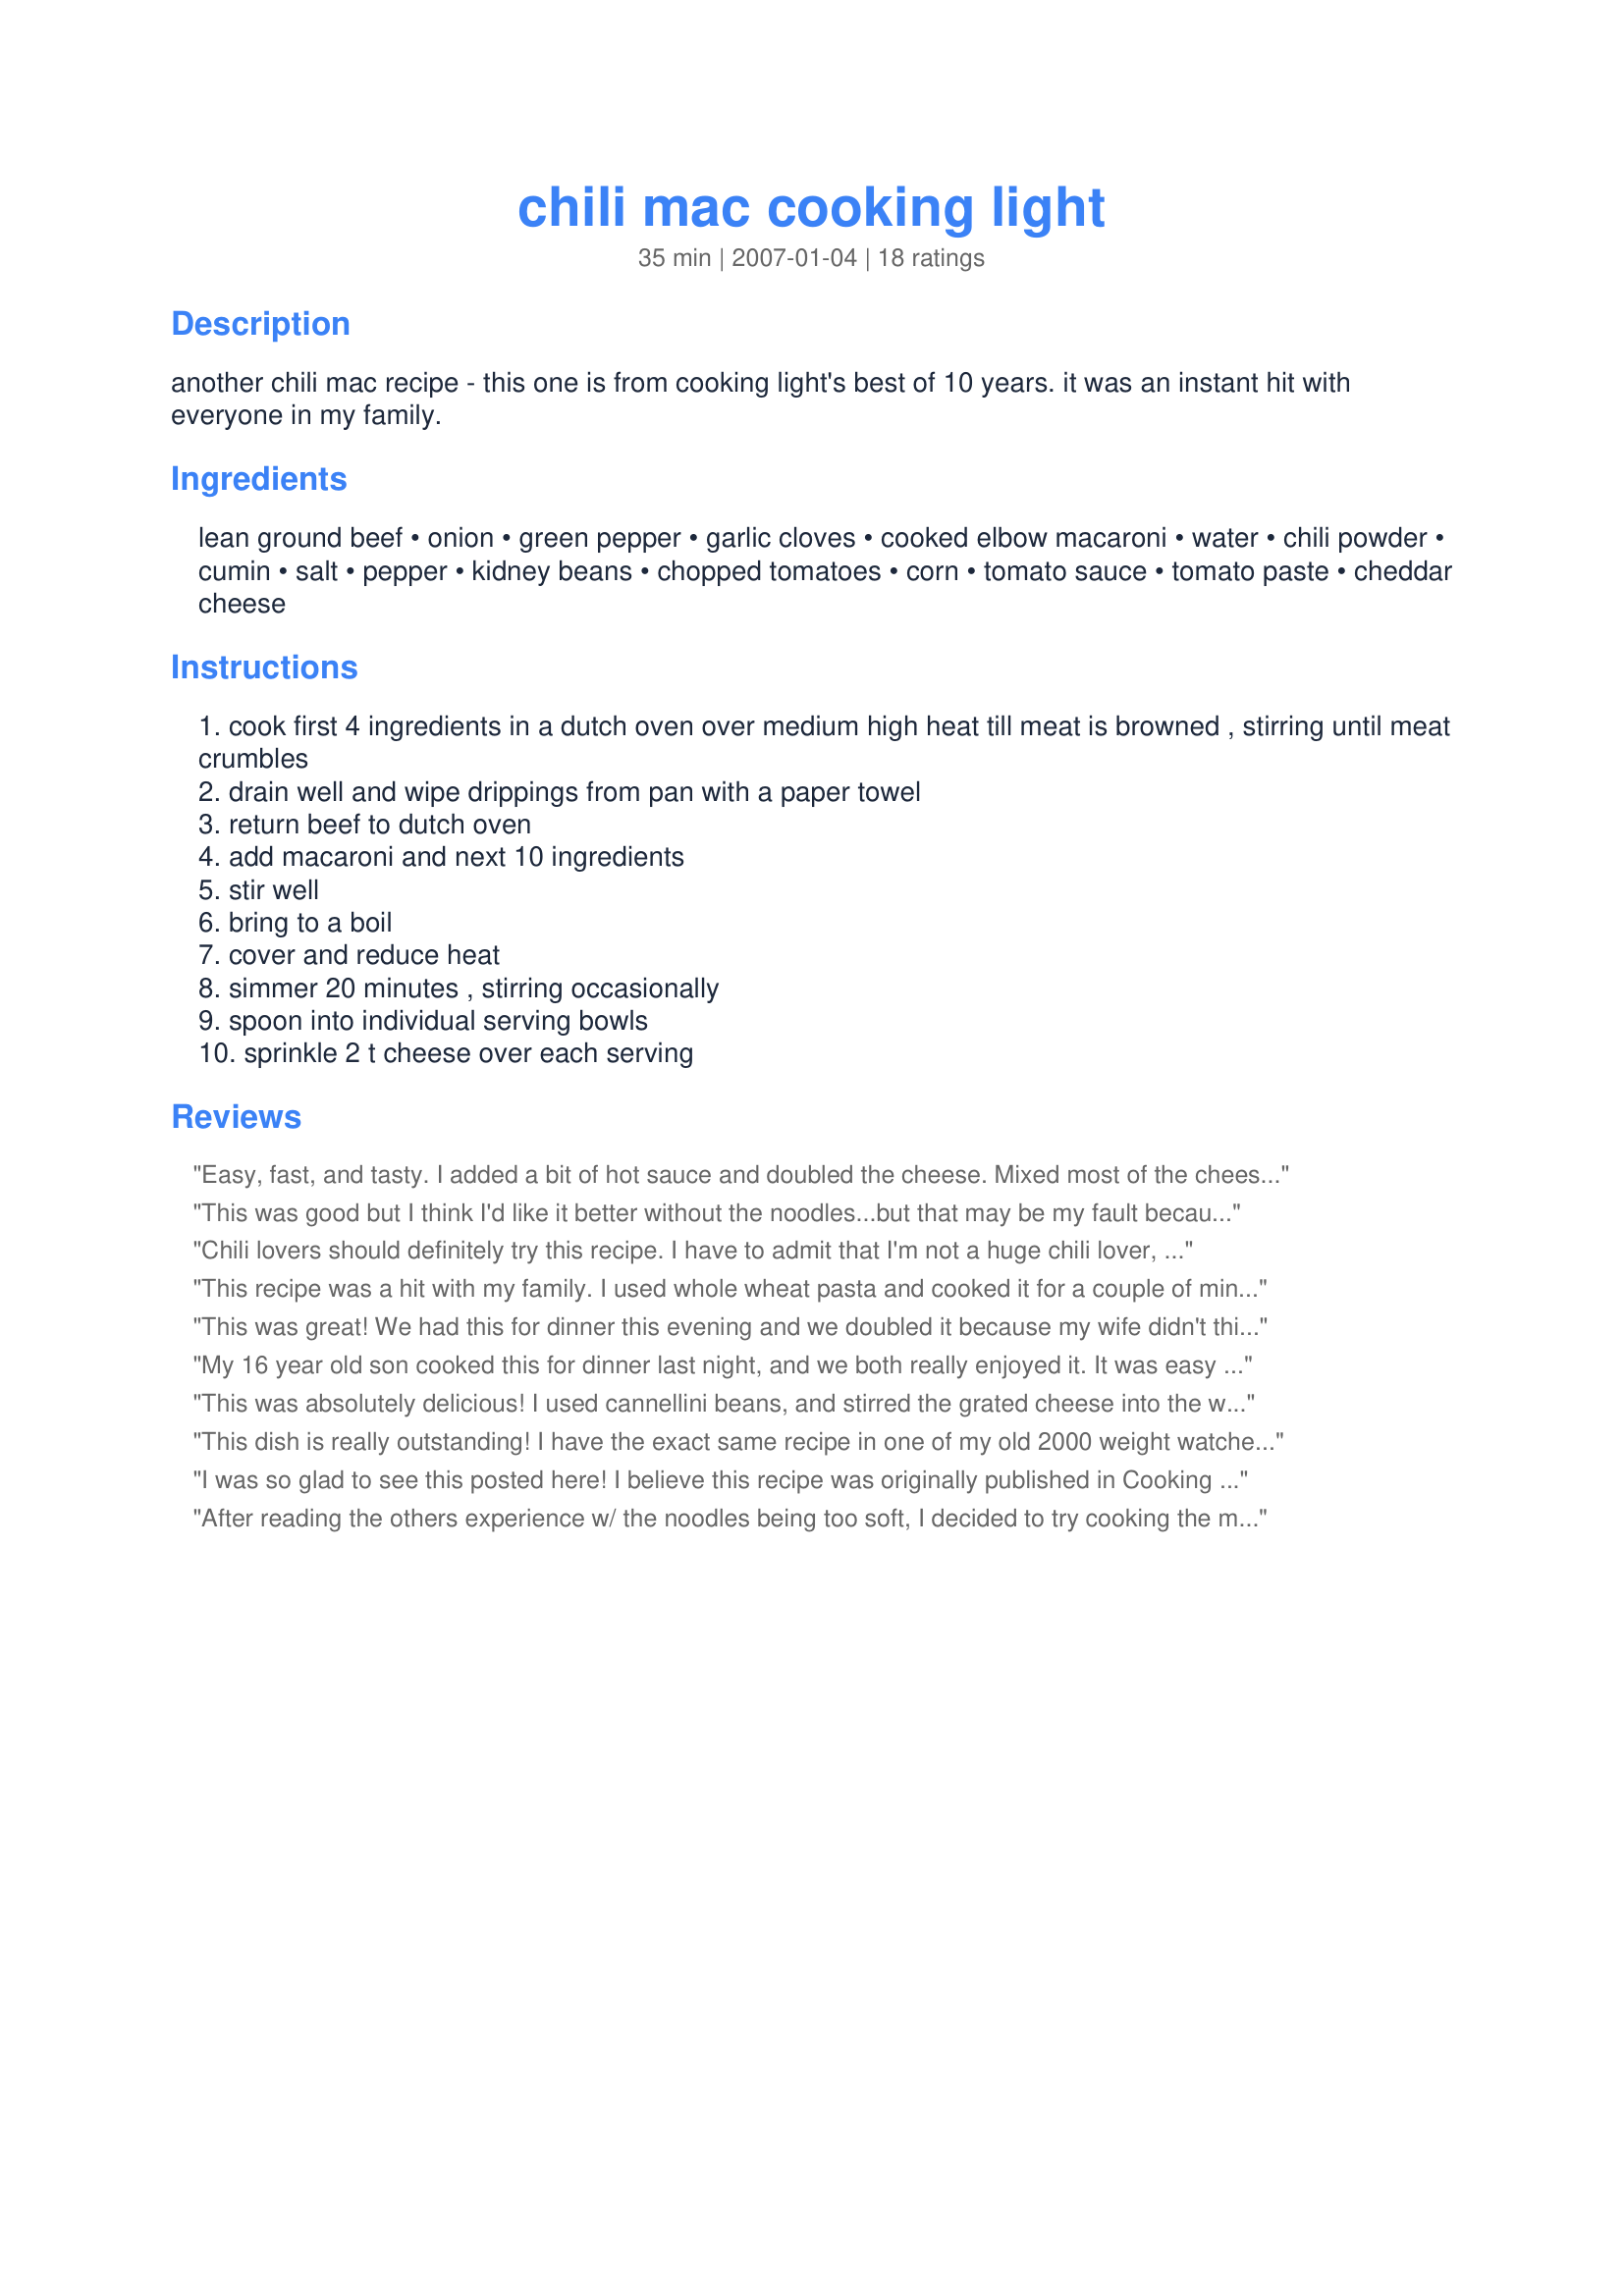
chili mac cooking light
Preparation time: 35 minutes

another chili mac recipe - this one is from cooking light's best of 10 years. it was an instant hit with everyone in my family.

Ingredients:
lean ground beef, onion, green pepper, garlic cloves, cooked elbow macaroni, water, chili powder, cumin, salt, pepper, kidney beans, chopped tomatoes, corn, tomato sauce, tomato paste, cheddar cheese

Steps:
cook first 4 ingredients in a dutch oven over medium high heat till meat is browned , stirring until meat crumbles
drain well and wipe drippings from pan with a paper towel
return beef to dutch oven
add macaroni and next 10 ingredients
stir well
bring to a boil
cover and reduce heat
simmer 20 minutes , stirring occasionally
spoon into individual serving bowls
sprinkle 2 t cheese over each serving

Reviews:
Easy, fast, and tasty. I added a bit of hot sauce and doubled the cheese. Mixed most of the cheese right in and then baked into a casserole with more cheese on top... mmm, cheese!
This was good but I think I'd like it better without the noodles...but that may be my fault because I tried to make a one-pot-meal out of this by adding 2 cups(too much!) of water with dry noodles into the chili...then I cooked it covered for 20 minutes and had to cook it another 15 to evaporate the liquid...then the noodles were mushy which is what I was trying to avoid because I thought they would be adding them already cooked. I also added a 4oz can of diced mild green chilis, 1 tsp oregano and a dash of cayenne. It's good with sour cream or cottage cheese. I'll try it again some day the right way and re-review. Made for Zaar Tag.
Chili lovers should definitely try this recipe. I have to admit that I'm not a huge chili lover, and made this for a cocktail party. But, I ended up having to cancel the party after I started the dish, so I did everything through step 5 and then refrigerated overnight. I simmered enough for one bowl in a pot the next day with a tiny bit of water and then topped it with cheese. It was fine the next day. The rest went into the freezer. I did leave out the green pepper and used cumin seed (all I had) and frozen corn. Next time I would probably try adding a little italian seasoning or oregano, but that's just my personal taste.
This recipe was a hit with my family. I used whole wheat pasta and cooked it for a couple of minutes less than the package indicated. Also, I added 1 tsp Creole Seasoning and 1/2 tsp cayenne pepper...as we live in New Orleans and like a bit more spice. Many thanks for sharing!
This was great! We had this for dinner this evening and we doubled it because my wife didn't think it would make very much. Was she ever wrong! We had a very large stock pot full! Just the right amount of spices. Based on other reviews I cooked the pasta very al dente and it came out perfect. Had with cheesy garlic bread, Will definitely be having this again. Thanks for posting.
My 16 year old son cooked this for dinner last night, and we both really enjoyed it. It was easy for him to put together and the flavors blended really well together. He did leave out the green pepper as neither one of us care for green peppers, and reduced the amount of chili powder as the only kind we have on hand is a medium hot variety. We are looking forward to the leftovers for lunch today
This was absolutely delicious! I used cannellini beans, and stirred the grated cheese into the whole mixture right before serving. Easy to make, ingredients on hand; add a salad, and dinner is ready in a jiffy. Thanks, pattikay!
This dish is really outstanding! I have the exact same recipe in one of my old 2000 weight watchers cookbooks called "Just like home". There is only 6 points for 1 cup beef mixture and 2 tablespoons cheese. This is quick to prepare and really family friendly. (they won't know that it's low in everything). Throw in a salad and a whole wheat roll.
I was so glad to see this posted here! I believe this recipe was originally published in Cooking Light in an article on healthier school cafeteria food, which grabbed ny attention since if it's kid-friendly, it's probably DH friendly. Quick and easy, and a favorite with us. Add some cornbread and a green salad and dinner is done! The original recipe called for no-salt added tomatoes, corn, tomato paste, tomato sauce, as well as ground round and reduced-fat sharp cheddar. With those changes, this dish is even healthier than shown on the nutrition facts to the left: 7.2 g fat and 420 mg sodium. Thanks for sharing the recipe!!
After reading the others experience w/ the noodles being too soft, I decided to try cooking the mac noodles and then adding them in at the very end (after simmering the sauce for 20 mins)...That seemed to do the trick b/c the noodles were perfect. I gave this 4 stars because it was a little bland and I think it needed more spices. Maybe next time I will add an envelope of dry taco seasoning or chili seasoning. All in all this was a good dish and it made 2 nights of dinners for the family!
This was a great filling light dish! Did add more diced tomatoes and used low-fat mozzarella cheese. Thanks pattikay! :)
DH loves chili mac and had no idea he was eating a lighter version. I used ground round so I didnt have to wipe out the pan. Didnt have an onion so I used dried minced onion. The macaroni was softer than I should have made it and next time I might try adding it uncooked. Used petite diced tomatoes and low fat cheddar cheese to top. Very good pattikay...thank you for postinig!
Very good dish! Be sure the macaroni is cooked al dente, or they will come out too soft in the end. I used some of the pasta water for the water called for, doubled the chili powder, and used Rotel for the canned tomatoes. This is one I&#039;ll be making again. Thank you for sharing!
This is delicious. My DH loves chili mac and this is a great version of it. I love that it is a lighter version but you would never know it! Thanks for sharing.
This was really good!! The whole family enjoyed it. The only thing I did different was instead of just chopped tomatoes I used rotels tomatoes and green chilies. Exellent!! Thanks
My husband and I really enjoyed this recipe! He had seconds and even took some for lunch at work today. I had some for lunch too and think like many things it's totally better the next day! I did add..oh, two or three more tablespoons of chili powder than the recipe called for, just because I really like the chili taste. Thanks for posting this.
We enjoyed this recipe. Made as is, made a Big batch - plenty of leftovers. I agree with the other poster, the noodles were pretty soft, next time I will add uncooked with a bit more liquid and see how it goes. Will make again. Thanks!
A tasty, easy to make chili variation. Had most of the ingredients already on hand. Followed directions as stated. Served with cornbread. I boiled my macaroni noodles the minimum time stated on the box (6 mins) and after following the rest of the directions, I did find that the noodles were a tad overcooked. Next time, I would initially cook the macaroni even less. Easy and good, would make again.
